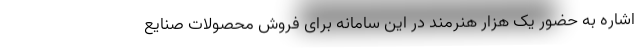
اشاره به حضور یک هزار هنرمند در این سامانه برای فروش محصولات صنایع